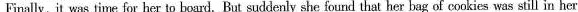
Finally, it was time for her to board. But suddenly she found that her bag of cookies was still in her